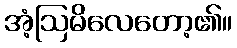
အံ့ဩမိလေတော့၏။